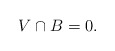
\begin{align*}V \cap B = 0.\end{align*}